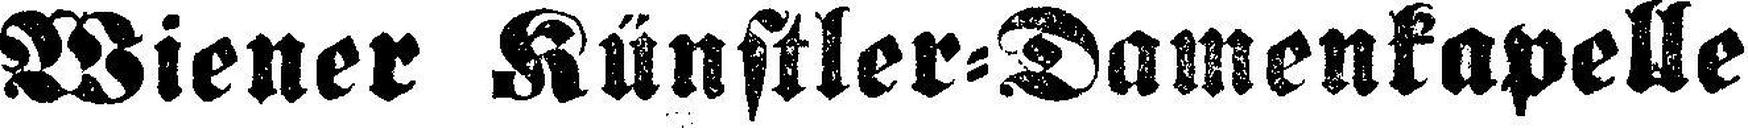
Wiener Künstler=Damenkapelle